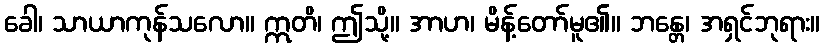
ခေါ၊ သာယာကုန်သလော။ ဣတိ၊ ဤသို့။ အာဟ၊ မိန့်တော်မူ၏။ ဘန္တေ၊ အရှင်ဘုရား။